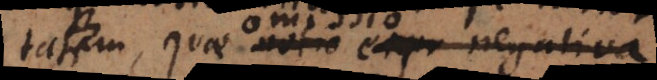
tem, quae notio expr negativa